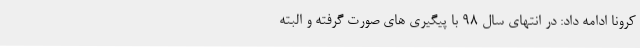
کرونا ادامه داد: در انتهای سال ۹۸ با پیگیری های صورت گرفته و البته